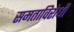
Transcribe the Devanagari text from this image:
समताविरोधी